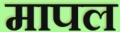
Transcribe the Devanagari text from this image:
मापल